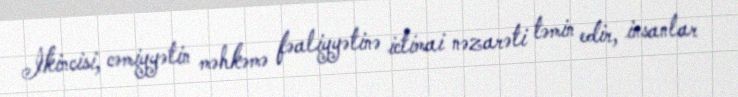
İkincisi, cəmiyyətin məhkəmə fəaliyyətinə ictimai nəzarəti təmin edir, insanlar